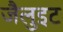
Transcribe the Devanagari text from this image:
जैलुइट